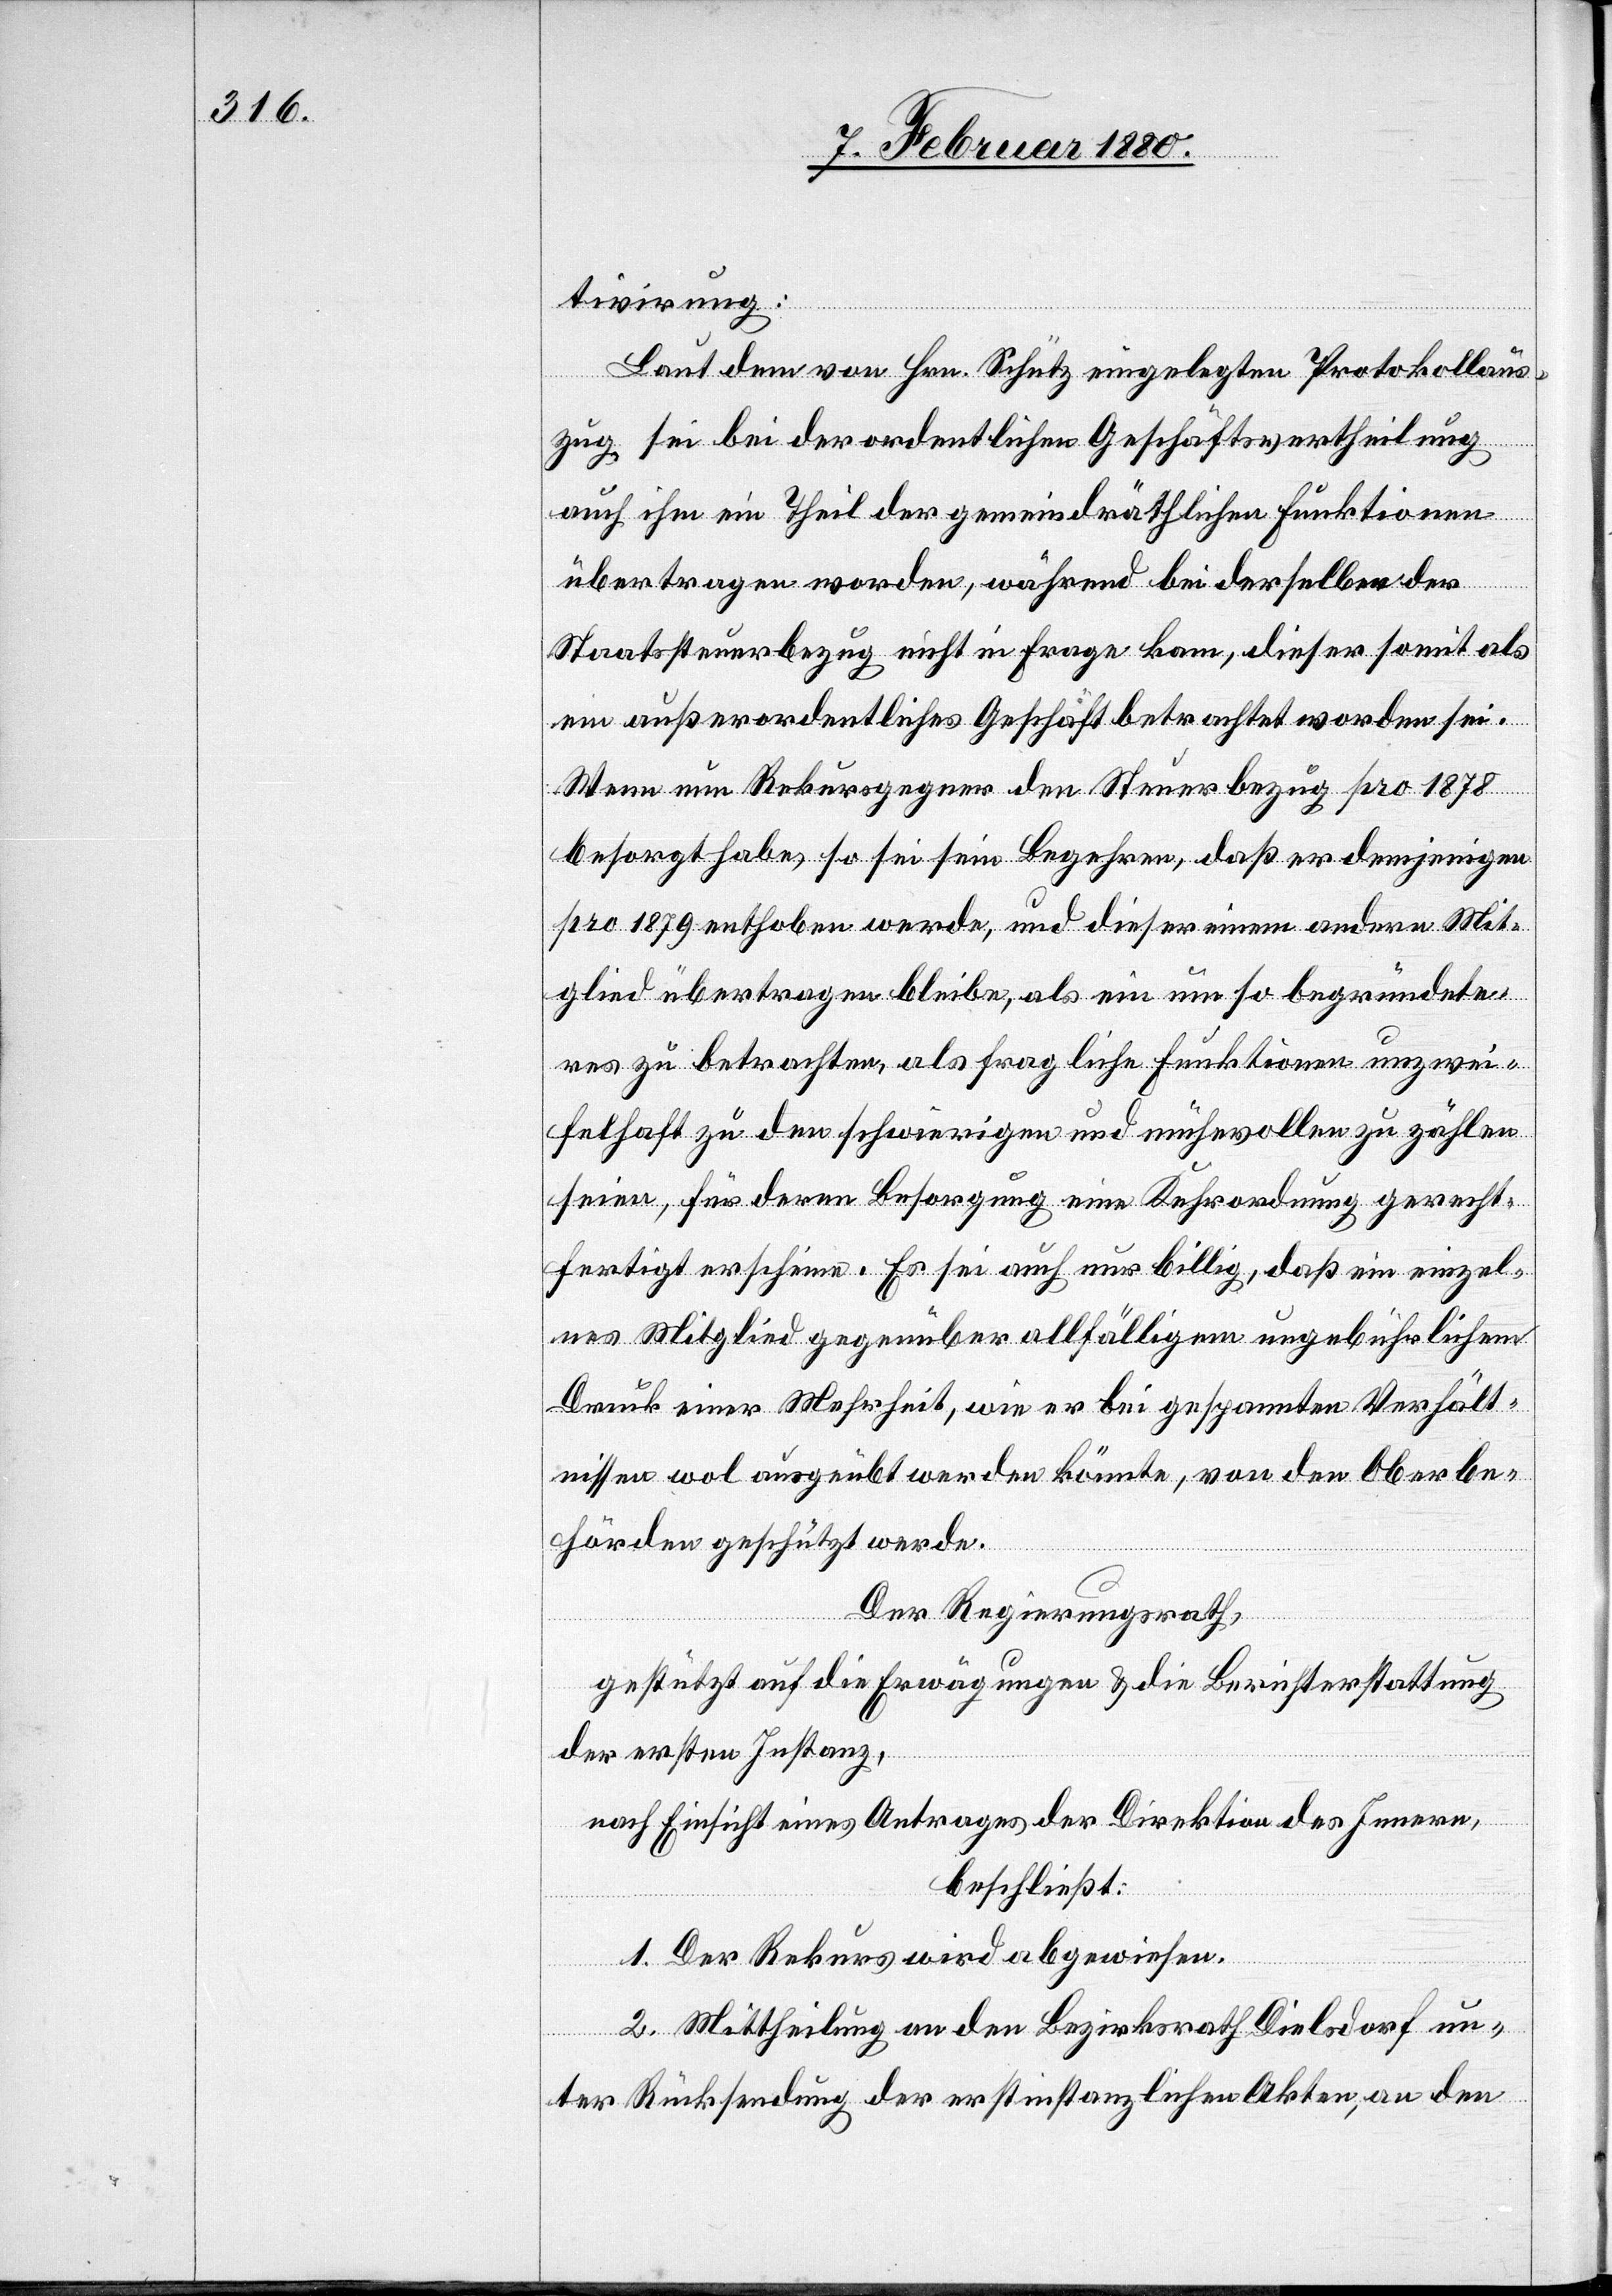
tivirung:
Laut dem von Hrn. Schütz eingelegten Protokollaus¬
zug sei bei der ordentlichen Geschäftsvertheilung
auch ihm ein Theil der gemeindräthlichen Funktionen
übertragen worden, während bei derselben der
Staatssteuerbezug nicht in Frage kam, dieser somit als
ein außerordentliches Geschäft betrachtet worden sei.
Wenn nun Rekursgegner den Steuerbezug pro 1878
besorgt habe, so sei sein Begehren, daß er demjenigen
pro 1879 enthoben werde, und dieser einem andern Mit¬
glied übertragen bleibe, als ein um so begründete¬
res zu betrachten, als fragliche Funktionen unzwei¬
felhaft zu den schwierigen und mühevollen zu zählen
seien, für deren Besorgung eine Kehrordnung gerecht¬
fertigt erscheine. Es sei auch nur billig, daß ein einzel¬
nes Mitglied gegenüber allfälligem ungebührlichem
Druck einer Mehrheit, wie er bei gespannten Verhält¬
nissen wol ausgeübt werden könnte, von den Oberbe¬
hörden geschützt werde.
Der Regierungsrath,
gestützt auf die Erwägungen & die Berichterstattung
der ersten Instanz,
nach Einsicht eines Antrages der Direktion des Innern,
beschließt:
1. Der Rekurs wird abgewiesen.
2. Mittheilung an den Bezirksrath Dielsdorf un¬
ter Rücksendung der erstinstanzlichen Akten, an den